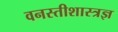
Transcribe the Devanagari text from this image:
वनस्तीशास्त्रज्ञ